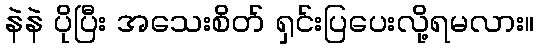
နဲနဲ ပိုပြီး အသေးစိတ် ရှင်းပြပေးလို့ရမလား။